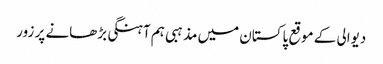
دیوالی کے موقع پاکستان میں مذہبی ہم آہنگی بڑھانے پر زور